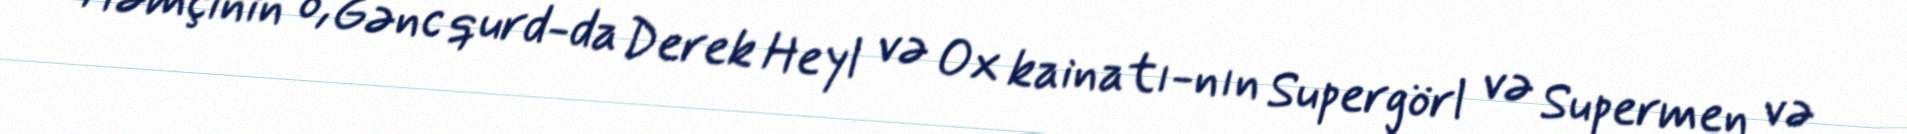
Həmçinin o, Gənc qurd-da Derek Heyl və Ox kainatı-nın Supergörl və Supermen və